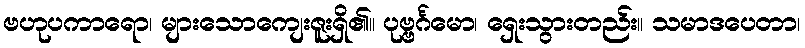
ဗဟုပကာရော၊ များသောကျေးဇူးရှိ၏။ ပုဗ္ဗင်္ဂမော၊ ရှေးသွားတည်း။ သမာဒပေတာ၊